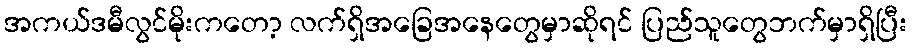
အကယ်ဒမီလွင်မိုးကတော့ လက်ရှိအခြေအနေတွေမှာဆိုရင် ပြည်သူတွေဘက်မှာရှိပြီး